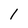
Character: 1